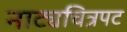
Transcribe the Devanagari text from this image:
नाट्यचित्रपट